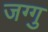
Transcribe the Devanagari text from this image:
जग्गु